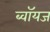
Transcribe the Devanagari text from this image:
ब्‍वॉयज